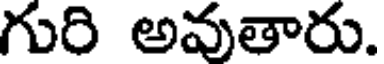
గురి అవుతారు.